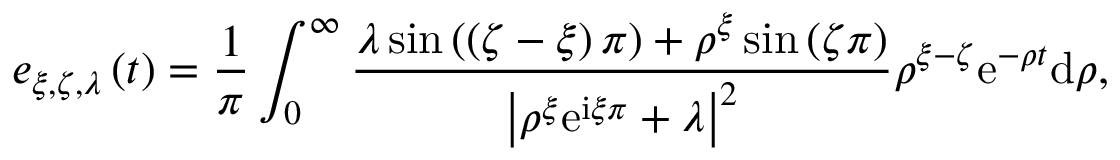
e _ { \xi , \zeta , \lambda } \left( t \right) = \frac { 1 } { \pi } \int _ { 0 } ^ { \infty } \frac { \lambda \sin \left( \left( \zeta - \xi \right) \pi \right) + \rho ^ { \xi } \sin \left( \zeta \pi \right) } { \left\vert \rho ^ { \xi } \mathrm { e } ^ { \mathrm { i } \xi \pi } + \lambda \right\vert ^ { 2 } } \rho ^ { \xi - \zeta } \mathrm { e } ^ { - \rho t } \mathrm { d } \rho ,